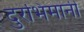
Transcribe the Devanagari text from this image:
दुरभिमानी